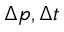
\Delta p , \Delta t